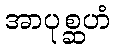
အာပုစ္ဆဟံ